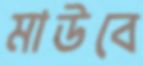
মাউবে